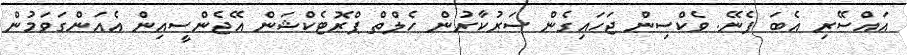
އައްސޭރި އެބަ ފެނޭ. ވެކްސިން ޖަހައިގެން ސަރުކާރުން ހެލްތް ޕްރޮޓެކްޝަން އޭޖެންސީއިން އެއަންގަވަމުން